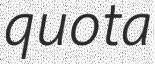
quota